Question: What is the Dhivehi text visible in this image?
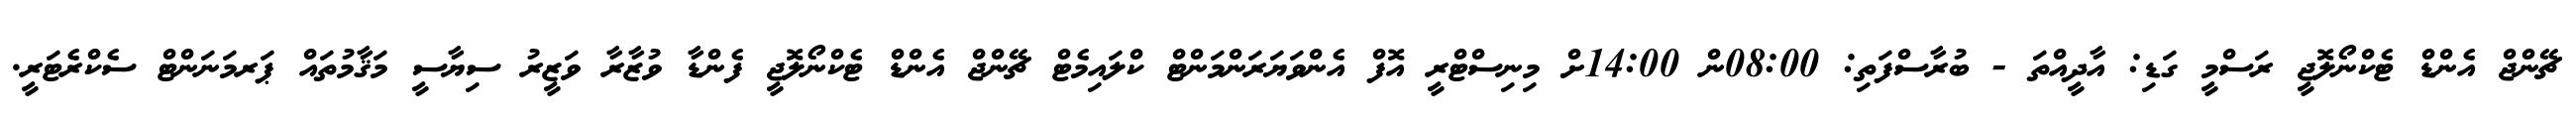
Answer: ޗޭންޖް އެންޑް ޓެކްނޯލޮޖީ ރަސްމީ ގަޑި: އާދީއްތަ - ބުރާސްފަތި: 08:00ން 14:00ށް މިނިސްޓްރީ އޮފް އެންވަޔަރަންމަންޓް ކްލައިމެޓް ޗޭންޖް އެންޑް ޓެކްނޯލޮޖީ ފެންޑާ ވުޒާރާ ވަޒީރު ސިޔާސީ މަޤާމުތައް ޕަރމަނަންޓް ސެކްރެޓަރީ.